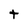
Character: t